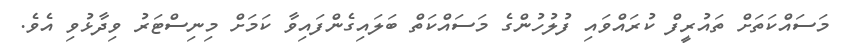
މަސައްކަތަށް ތައުރީފް ކުރައްވައި ފުލުހުންގެ މަސައްކަތް ބަލައިގެންފައިވާ ކަމަށް މިނިސްޓަރު ވިދާޅުވި އެވެ.